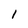
Character: I